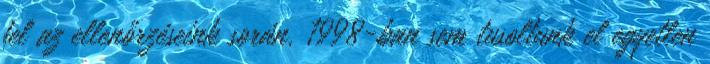
fel az ellenőrzéseink során. 1998-ban sem tusoltunk el egyetlen